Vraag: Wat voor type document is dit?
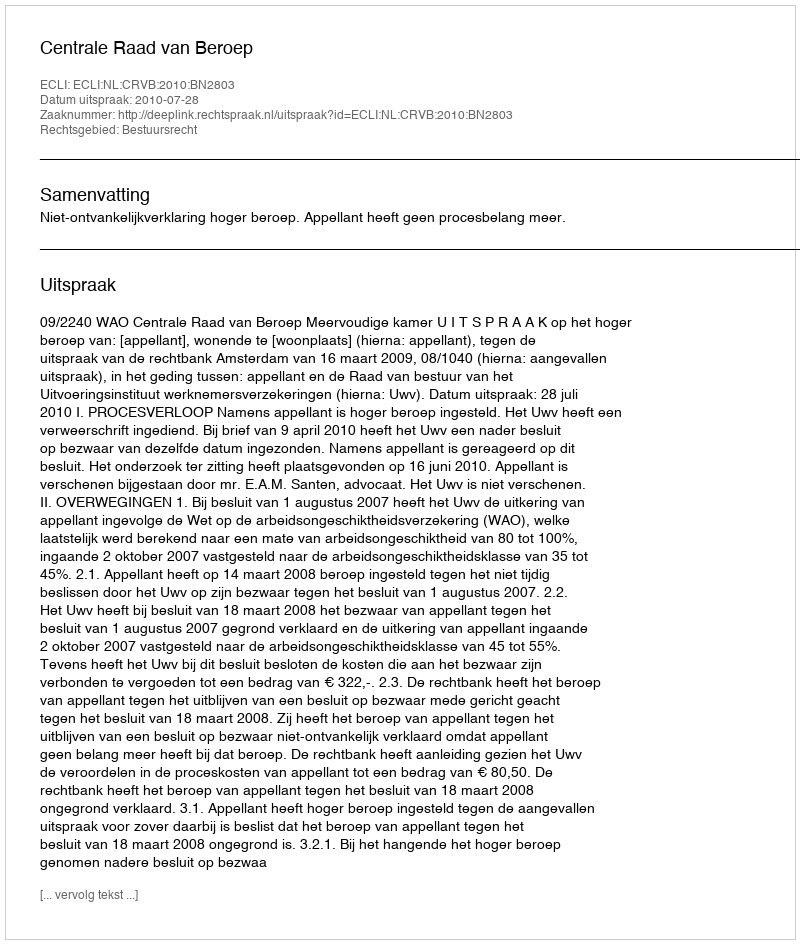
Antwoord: Uitspraak